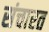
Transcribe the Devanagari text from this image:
संचारत